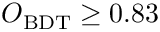
O _ { \mathrm { B D T } } \geq 0 . 8 3